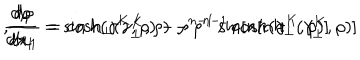
\frac { d \rho } { d x _ { 1 } } = \sin h ( \gamma ^ { K } , \rho ) - \rho ^ { n - 1 } \sin [ n h ( \gamma ^ { K } , \rho ) ] \hspace { 0 . 4 c m } , \hspace { 0 . 4 c m } \frac { d \rho } { d x _ { 1 } } = \cosh _ { \perp } ( \gamma _ { \perp } ^ { K } , \rho ) - \rho ^ { n - 1 } \cos [ n h _ { \perp } ( \gamma _ { \perp } ^ { K } , \rho ) ]